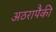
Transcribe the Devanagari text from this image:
अठरापैकी